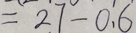
= 2 7 - 0 . 6